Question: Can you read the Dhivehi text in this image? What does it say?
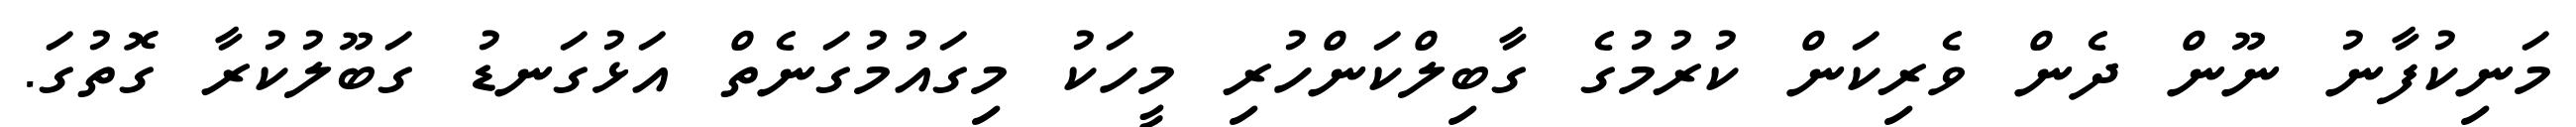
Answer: މަނިކުފާނު ނޫން ދެން ވެރިކަން ކުރުމުގެ ގާބިލްކަންހުރި މީހަކު މިގައުމުގަނެތް އަޅުގަނޑު ގަބޫލުކުރާ ގޮތުގަ.